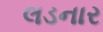
લડનાર